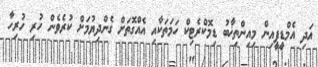
އަދި އެމްޑީޕީއިން މިއިންތިޚާބު ޑިމޮކްރެޓިކް ހަމަތަކާއި އެއްގޮތަށް ގެންދިޔުމަށް ކުރެވެން ހުރި ހުރިހާ